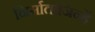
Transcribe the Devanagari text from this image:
निर्माताजिन्हें